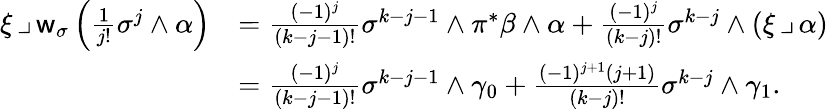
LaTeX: \begin{array}{rl}{\xi\operatorname{\lrcorner}\mathsf{w}_{\sigma}\left(\frac{1}{j!}\sigma^{j}\wedge\alpha\right)}&{=\frac{(-1)^{j}}{(k-j-1)!}\sigma^{k-j-1}\wedge\pi^{\ast}\beta\wedge\alpha+\frac{(-1)^{j}}{(k-j)!}\sigma^{k-j}\wedge(\xi\operatorname{\lrcorner}\alpha)}\\ &{=\frac{(-1)^{j}}{(k-j-1)!}\sigma^{k-j-1}\wedge\gamma_{0}+\frac{(-1)^{j+1}(j+1)}{(k-j)!}\sigma^{k-j}\wedge\gamma_{1}.}\end{array}